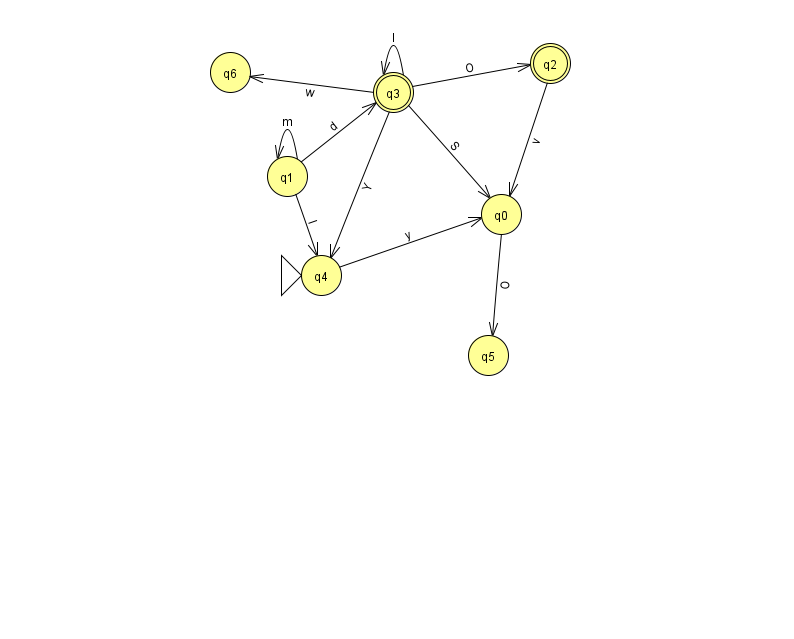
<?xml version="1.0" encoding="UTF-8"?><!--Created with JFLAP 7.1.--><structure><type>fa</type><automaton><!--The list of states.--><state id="0" name="q0"><x>501.0</x><y>201.0</y></state><state id="1" name="q1"><x>287.0</x><y>163.0</y></state><state id="2" name="q2"><x>550.0</x><y>50.0</y><final/></state><state id="3" name="q3"><x>393.0</x><y>79.0</y><final/></state><state id="4" name="q4"><x>321.0</x><y>262.0</y><initial/></state><state id="5" name="q5"><x>488.0</x><y>342.0</y></state><state id="6" name="q6"><x>230.0</x><y>59.0</y></state><!--The list of transitions.--><transition><from>1</from><to>4</to><read>I</read></transition><transition><from>3</from><to>0</to><read>S</read></transition><transition><from>2</from><to>0</to><read>v</read></transition><transition><from>3</from><to>6</to><read>w</read></transition><transition><from>1</from><to>3</to><read>d</read></transition><transition><from>3</from><to>3</to><read>I</read></transition><transition><from>3</from><to>2</to><read>O</read></transition><transition><from>1</from><to>1</to><read>m</read></transition><transition><from>3</from><to>4</to><read>Y</read></transition><transition><from>0</from><to>5</to><read>O</read></transition><transition><from>4</from><to>0</to><read>y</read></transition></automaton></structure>